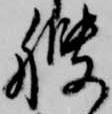
艘